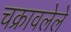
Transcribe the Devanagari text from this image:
चक्रावलेले